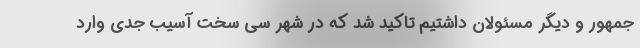
جمهور و دیگر مسئولان داشتیم تاکید شد که در شهر سی سخت آسیب جدی وارد